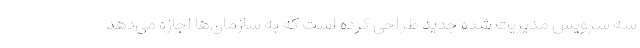
سه سرویس مدیریت شده جدید طراحی کرده است که به سازمان‌ها اجازه می‌دهد